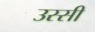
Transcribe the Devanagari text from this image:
उस्सी